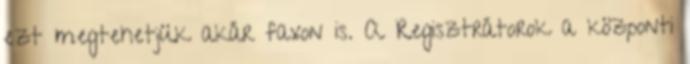
ezt megtehetjük akár faxon is. A Regisztrátorok a központi